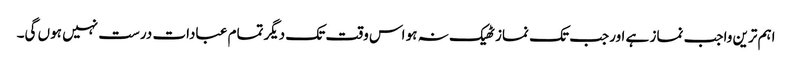
اہم ترین واجب نماز ہے اورجب تک نماز ٹھیک نہ ہو اس وقت تک دیگرتمام عبادات درست نہیں ہوں گی۔